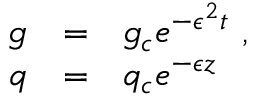
\begin{array} { r c l } { { g } } & { { = } } & { { g _ { c } e ^ { - \epsilon ^ { 2 } t } \ , } } \\ { { q } } & { { = } } & { { q _ { c } e ^ { - \epsilon z } \ } } \end{array}